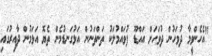
"އެހެންވީމާ ދުވަހުން ދުވަހަށް އައްޑޫ ފުވައްމުލަކު ތަންތަނުން އަޅުގަނޑުމެން ތެޔޮ އަޅަމުން ދާއިރުގައި